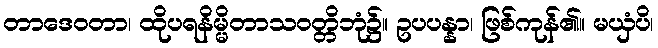
တာဒေဝတာ၊ ထိုပရနိမ္မိတာသဝတ္တိဘုံ၌။ ဥပပန္နာ၊ ဖြစ်ကုန်၏။ မယှံပိ၊